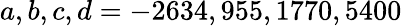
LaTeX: a,b,c,d=-2634,955,1770,5400